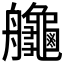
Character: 𦫉